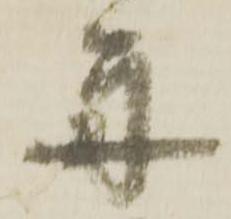
舟